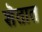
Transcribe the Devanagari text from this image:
शॆतात